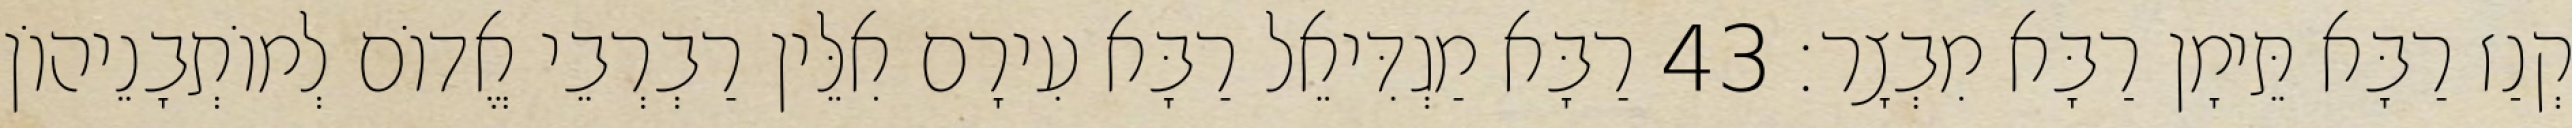
קְנַז רַבָּא תֵּימָן רַבָּא מִבְצָר׃ 43 רַבָּא מַגְדִּיאֵל רַבָּא עִירָם אִלֵּין רַבְרְבֵי אֱדוֹם לְמוֹתְבָנֵיהוֹן